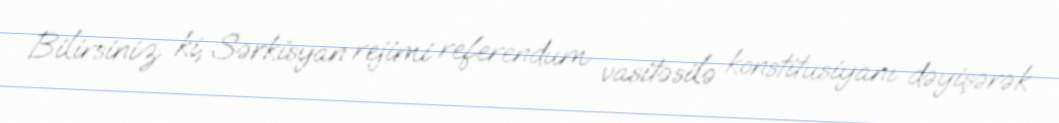
Bilirsiniz ki, Sərkisyan rejimi referendum vasitəsilə konstitusiyanı dəyişərək